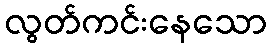
လွတ်ကင်းနေသော